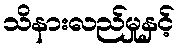
သိနားလည်မှုနှင့်